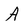
Character: A